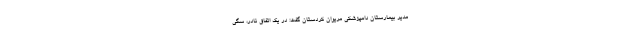
مدیر بیمارستان دامپزشکی مریوان کردستان گفت: در یک اتفاق نادر، سگی